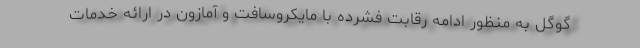
گوگل به منظور ادامه رقابت فشرده با مایکروسافت و آمازون در ارائه خدمات